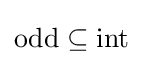
{\text{odd}}\subseteq {\text{int}}